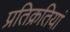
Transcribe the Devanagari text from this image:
प्रतिक्रतियां